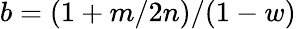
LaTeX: b=(1+m/2n)/(1-w)